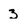
Character: 3